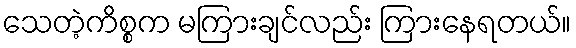
သေတဲ့ကိစ္စက မကြားချင်လည်း ကြားနေရတယ်။